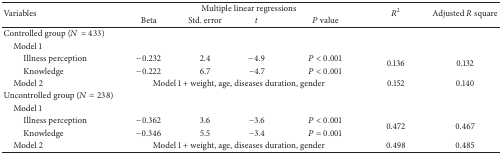
| <ROWSPAN=2> Variables | <COLSPAN=4> Multiple linear regressions | <ROWSPAN=2> R2 | <ROWSPAN=2> Adjusted R square |
 | Beta | Std. error | t | P value |
 | --- | --- | --- | --- | --- | --- | --- |
 | Controlled group (N = 433) |  |  |  |  |  |  |
 | Model 1 |  |  |  |  |  |  |
 | Illness perception | −0.232 | 2.4 | −4.9 | P < 0.001 | <ROWSPAN=2> 0.136 | <ROWSPAN=2> 0.132 |
 | Knowledge | −0.222 | 6.7 | −4.7 | P < 0.001 |
 | Model 2 | <COLSPAN=4> Model 1 + weight, age, diseases duration, gender | 0.152 | 0.140 |
 | Uncontrolled group (N = 238) |  |  |  |  |  |  |
 | Model 1 |  |  |  |  |  |  |
 | Illness perception | −0.362 | 3.6 | −3.6 | P < 0.001 | <ROWSPAN=2> 0.472 | <ROWSPAN=2> 0.467 |
 | Knowledge | −0.346 | 5.5 | −3.4 | P = 0.001 |
 | Model 2 | <COLSPAN=4> Model 1 + weight, age, diseases duration, gender | 0.498 | 0.485 |